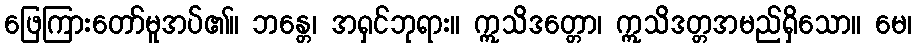
ဖြေကြားတော်မူအပ်၏။ ဘန္တေ၊ အရှင်ဘုရား။ ဣသိဒတ္တော၊ ဣသိဒတ္တအမည်ရှိသော။ မေ၊